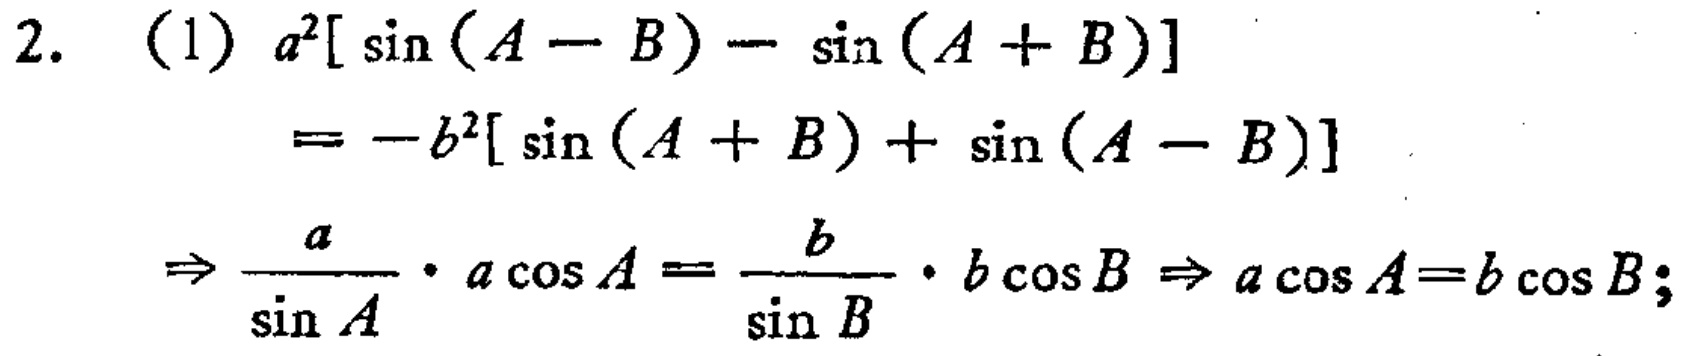
2. (1) \(a^{2}[\sin(A - B)-\sin(A + B)]\)
\(=-b^{2}[\sin(A + B)+\sin(A - B)]\)
\(\Rightarrow\frac{a}{\sin A}\cdot a\cos A=\frac{b}{\sin B}\cdot b\cos B\Rightarrow a\cos A = b\cos B\);